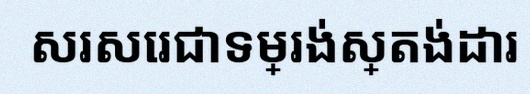
សរសេរជាទម្រង់ស្តង់ដារ